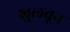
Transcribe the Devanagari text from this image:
खुलवून